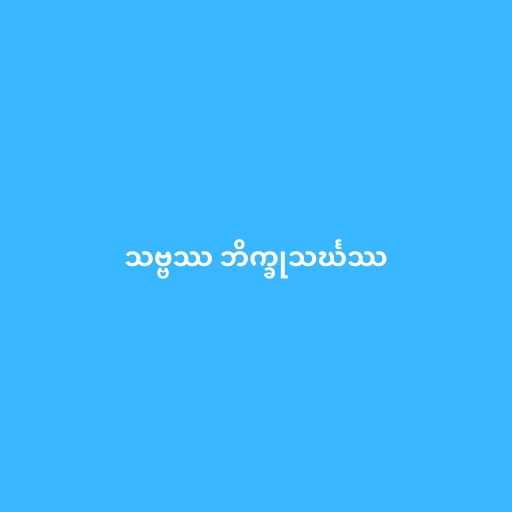
သဗ္ဗဿ ဘိက္ခုသင်္ဃဿ